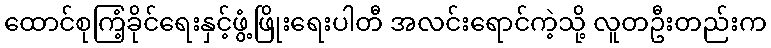
ထောင်စုကြံ့ခိုင်ရေးနှင့်ဖွံ့ဖြိုးရေးပါတီ အလင်းရောင်ကဲ့သို့ လူတဦးတည်းက